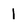
Character: l